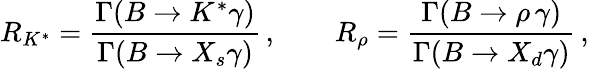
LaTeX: R_{K^{*}}={\frac{\Gamma(B\to K^{*}\gamma)}{\Gamma(B\to X_{s}\gamma)}}\, ,\qquad R_{\rho}={\frac{\Gamma(B\to\rho\, \gamma)}{\Gamma(B\to X_{d}\gamma)}}\, ,